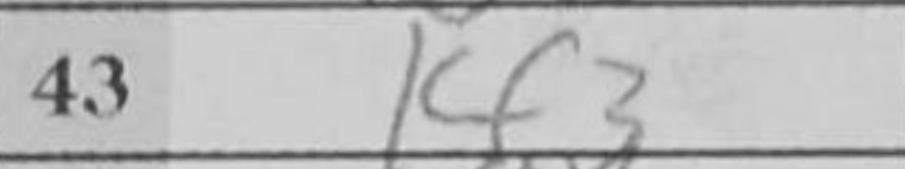
Transcription: Kf3